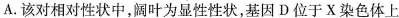
A.该对相对性状中，阔叶为显性性状，基因D位于X染色体上